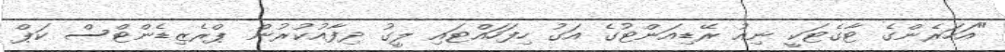
"އަހަރެންގެ ޓާގެޓަކީ ނިއު ރޭޑިއަންޓުގެ އަގު ހިފަހައްޓައި ލީގު ދިފާއުކުރުން ޕްރެޒިޑެންޓްސް ކަޕް